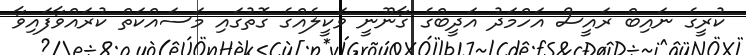
ކުރީގެ ނައިބް ރައީސް އަހްމަދު އަދީބްގެ ގާނޫނީ ވަކީލެއްގެ ގޮތުގައި މަސައްކަތް ކުރައްވާފައިވާ